Alphabetical list of drugs, medicines and other preparations free from, and containing, spirit compiled from the results of tests made by the customs houses at Calcutta, Bombay, and Madras
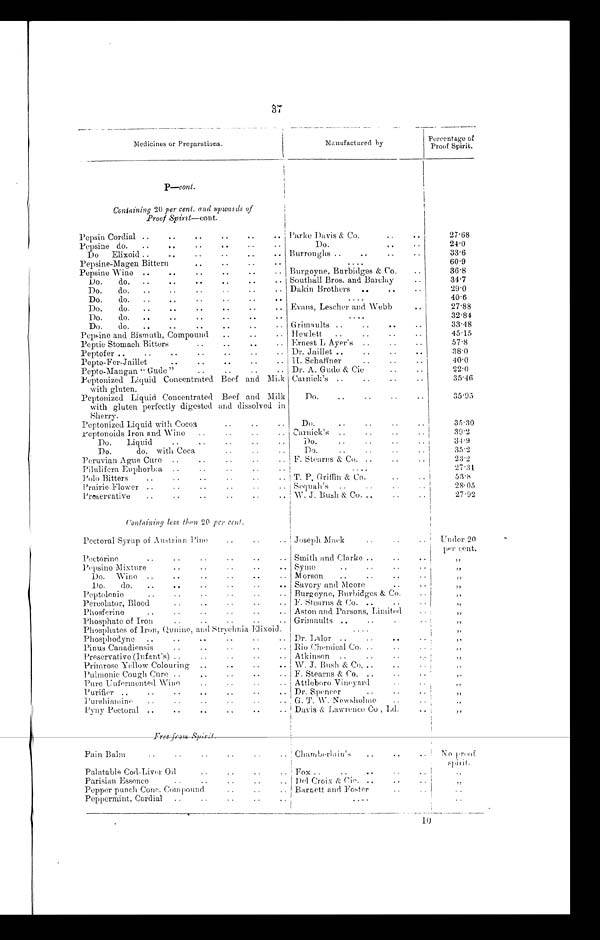
37
Medicines or Preparations.
Manufactured by
Percentage of
Proof Spirit.
P—cont.
Containing 20 per cent. and upwards of
Proof Spirit—cont.
Pepsin Cordial . . .
Parke Davis & Co. . . .
27.68
Pepsine do. . . .
Do. . . .
24.0
Do
Elixoid . . .
Burroughs . . .
33.6
Pepsine-Magen Bittern . . .
. . .
60.9
Pepsine -Wine . . .
Burgoyne, Burbidges & Co. . . .
36.8
Do.
do.
. . .
Southall Bros. and Barclay . . .
34.7
Do.
do.
. . .
D a k i n B r o t h e r s . . .
29.0
Do.
do.
. . .
. . .
40.6
Do.
do.
. . .
Evans, Lescher and Webb . . .
27.88
D o .
do.
. . .
. . .
32.84
Do. do. . . .
Grimaults . . .
33.48
Pepsine and Bismuth, Compound
. . .
Hewlett . . .
45.15
Peptic Stomach Bitters . . .
Ernest L Ayer's . . .
57.8
Peptofer . . .
Dr. Jaillet . . .
38.0
Popto-Fer-Jaillet
. . .
H. Schaffner . . .
40.0
Pepto-Mangan “ Gude” . . .
Dr. A. Gude & Cie . . .
22.0
Peptonized Liquid Concentrated Beef and Milk
with gluten.
Carnick's . . .
35.46
Peptonized Liquid Concentrated Beef and Milk
with gluten perfectly digested and dissolved in
Sherry.
Do.
. . .
35.95
Peptonized Liquid with Cocoa . . .
Do. . . .
35.30
Peptonoids Iron and Wine . . .
Carnick's . . .
39.2
Do.
Liquid
. . .
Do.
.
.
.
34.9
Do.
do. with Coca . . .
Do. . . .
35.2
Peruvian Ague Cure . . .
E. Stearns & Co. . . .
23.2
Pilulifera Euphorbia . . .
. . .
27.31
Polo Bitters . . .
T. P, Griffin & Co. . . .
53.8
Prairie Flower . . .
Sequah' s . . .
28.05
Proservative . . .
W. J. Bush & CO . . .
27.92
Containing less than 20 per cent.
Pectoral Syrup of Austrian Pine . . .
Joseph Mack . . .
Under 20
per cent.
Pectorine . . .
Smith and Clarke. . .
"
Pepsine Mixture . . .
Syme . . .
"
Do. Wine . . .
M o rson . . .
"
Do. do. . . .
Savory and Mcore . . .
"
”
Peptolenie . . .
Burgoyne, Burbidges & Co. . . .
"
Percolator, Blood . . .
F. Stearns & Co. . . .
"
Phosferine . . .
Aston and Parsons, Limited . . .
"
Phosphate of Iron . . .
Grimaults . . .
"
Phosphates of Iron, Qunine, and Strychnia E lixoid. . . .
"
Phosphodyne . . .
Dr. Lalor . . .
"
Pinus Canadiensis . . .
Rin Chemical Co.
. . .
"
Preservative (Infant's) . . .
Atkinson . . .
"
Primrose Yellow Colouring . . .
W. J. Bush & Co, . . .
„
"
Pulmonic Cough Cure . . .
F. Stearns & Co. . . .
"
Pure Unfermented Wine . . .
Attleboro Vineyard . . .
"
Purifier . . .
Dr. Spencer . . .
"
Purshiamine . . .
G. T. \V. Newsholme . . .
"
Pyny Pectoral . . . Davis & Lawrence Co , Ld. . . .
"
Free from Spirit.
Pain Balm. . .
Chamberlain ' s . . .
No proof
S p i r i t .
P a l a t a b l e C o d - L i v e r O i l . . .
Fox. . .
" . . .
Parisian Essence . . .
Del Croix & Cie . . .
"
Pepper punch Cone. Compound . . .
Barnett and Foster . . .
." . .
Peppermint, Cordial . . .
. . .
. . .
10